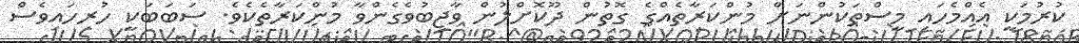
ކުރުމަކީ އެއްމެހައި މީސްތަކުންނަށް މުންކަރާތެއްގެ ގޮތުން ދޫކޮށްލުން ވާޖިބުވެގެންވާ މުންކަރާތެކެވެ. ސަބަބަކީ ހުރިހައިވެސް